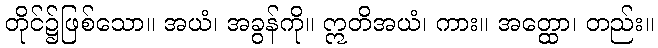
တိုင်၌ဖြစ်သော။ အယံ၊ အခွန်ကို။ ဣတိအယံ၊ ကား။ အတ္ထော၊ တည်း။